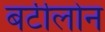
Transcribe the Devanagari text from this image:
बर्टीलोन